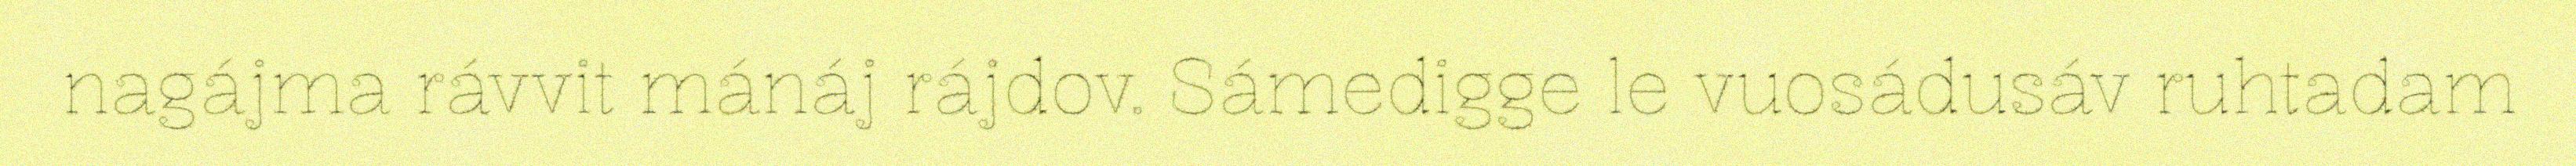
nagájma rávvit mánáj rájdov. Sámedigge le vuosádusáv ruhtadam